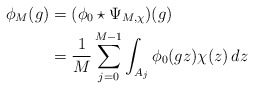
\begin{align*} \phi_M(g) & = (\phi_0 \star \Psi_{M,\chi})(g) \\ & = \frac{1}{M} \sum_{j = 0}^{M-1} \int_{A_j} \phi_0(gz)\chi(z)\, dz\end{align*}